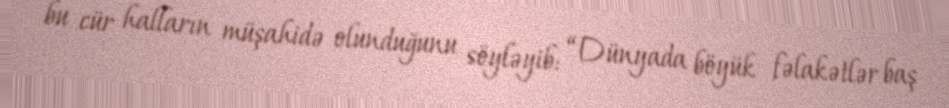
bu cür halların müşahidə olunduğunu söyləyib: “Dünyada böyük fəlakətlər baş